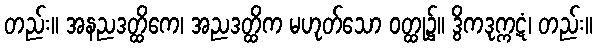
တည်း။ အနညဒတ္ထိကေ၊ အညဒတ္ထိက မဟုတ်သော ဝတ္ထု၌။ ဒွိကဒုက္ကဋံ၊ တည်း။